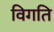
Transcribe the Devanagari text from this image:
विगति